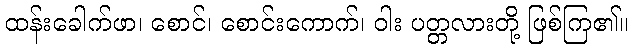
ထန်းခေါက်ဖာ၊ စောင်၊ စောင်းကောက်၊ ဝါး ပတ္တလားတို့ ဖြစ်ကြ၏။